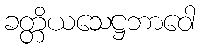
ခတ္တိယသေဋ္ဌဘာဝေါ